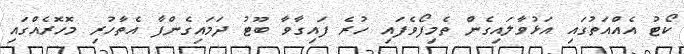
ކޯޓު އެއްއަތުގައި އަޅުވާލައިގެން ތެމިފޯވެފައި ހުރެ ފައިގާވާ ބޫޓު ދަމައިގެންފާ އެތާހުރި މޮހޮރެއްގައި